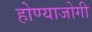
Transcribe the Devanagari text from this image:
होण्याजोगी